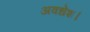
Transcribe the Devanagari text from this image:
अवधेश।